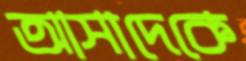
আসাদেকে